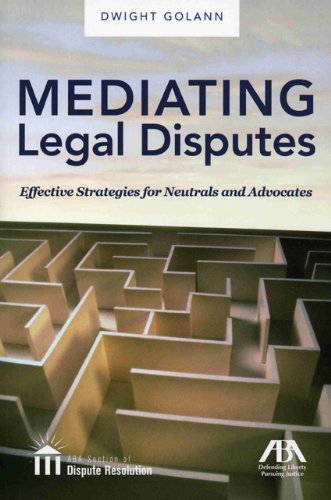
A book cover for Mediating Legal Disputes: Effective Strategies for Neutrals and Advocates; Dwight Golann; Law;